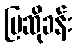
ပြဆိုခန်း